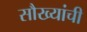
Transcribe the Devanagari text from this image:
सौख्यांची